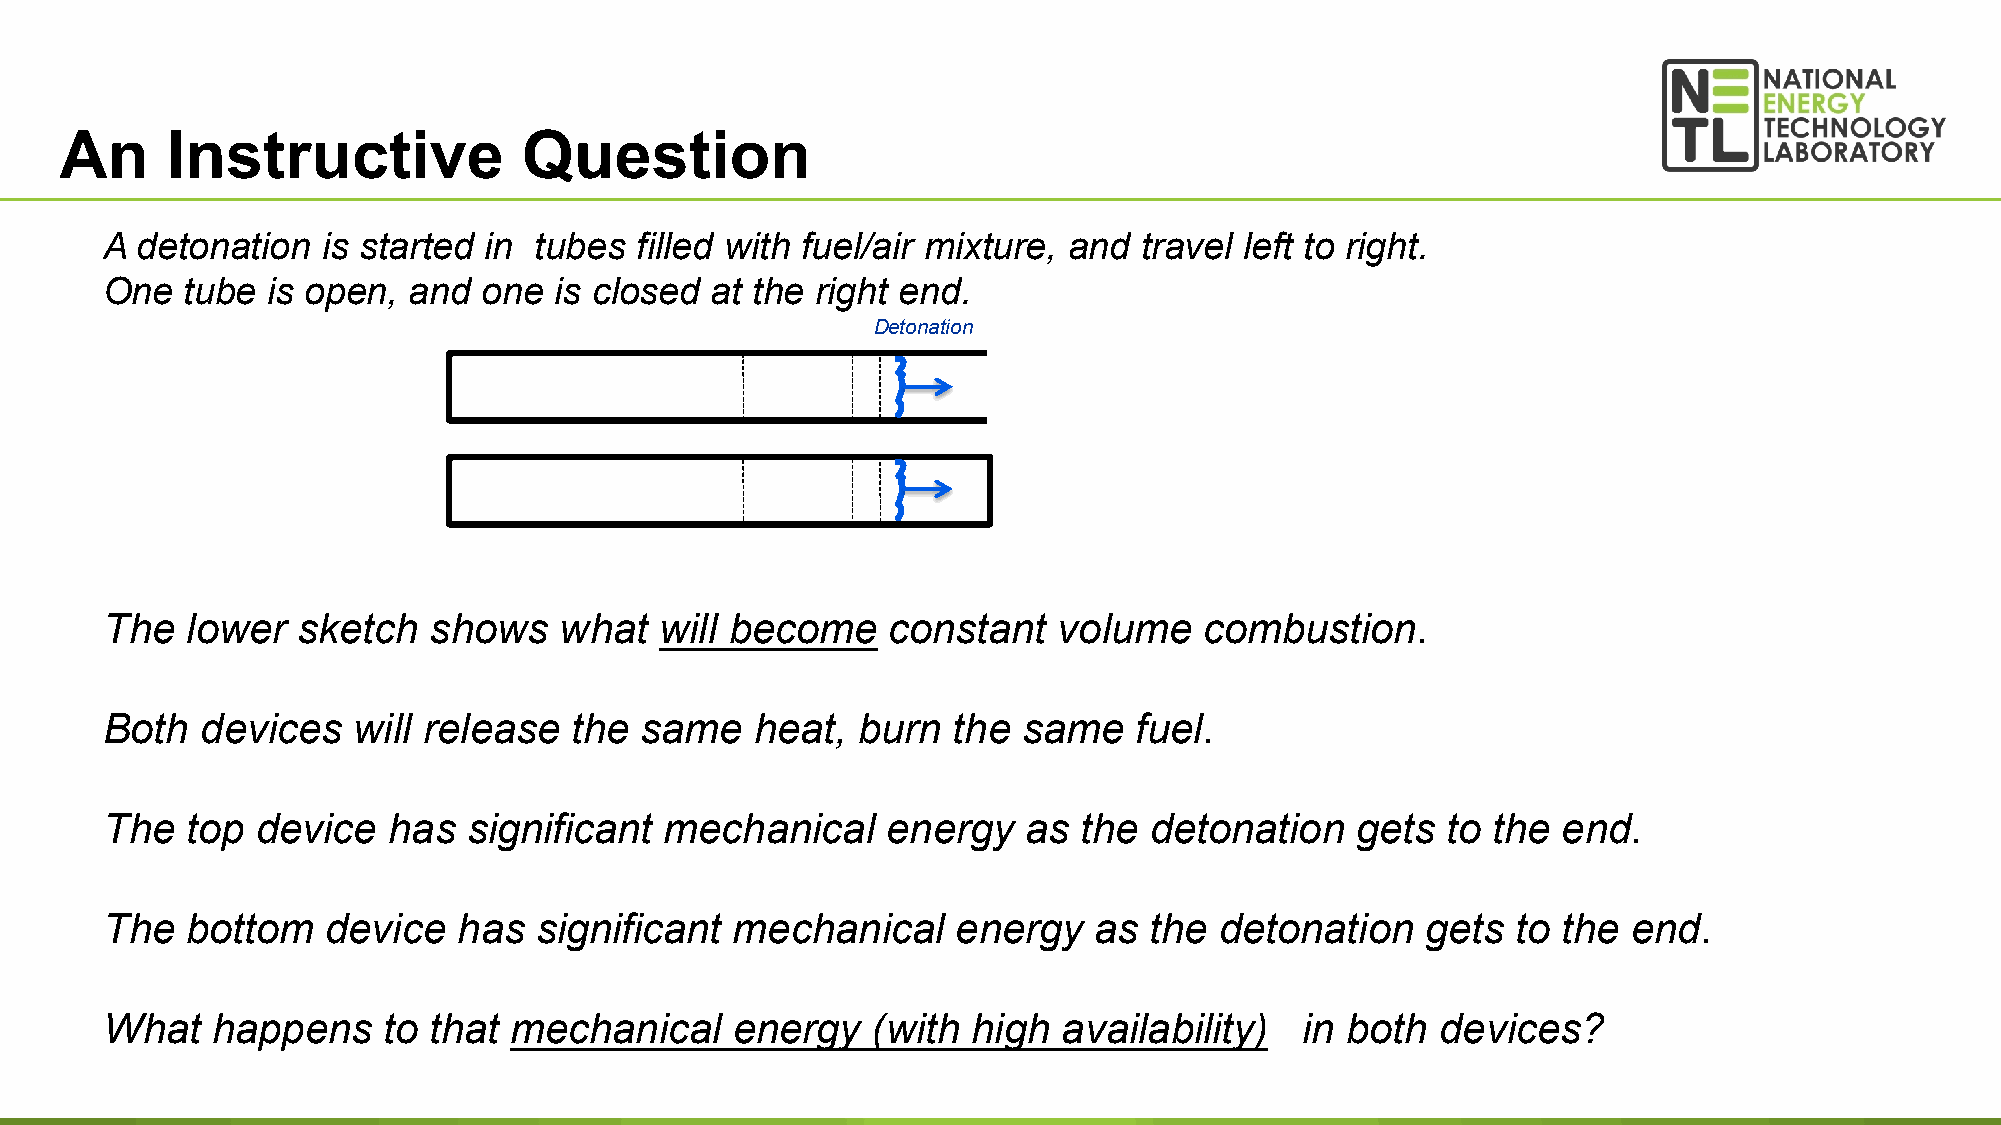
An     Instructive             Question
 A detonation  is started in tubes  filled with fuel/air mixture, and travel left to right.
 One  tube  is open, and  one  is closed at the right end.
 Detonation
 The  lower   sketch  shows    what   will become    constant   volume    combustion.
 Both  devices   will release   the same    heat,  burn  the  same   fuel.
 The  top  device   has  significant  mechanical     energy   as the  detonation    gets  to the end.
 The  bottom    device  has  significant   mechanical    energy   as  the  detonation   gets  to the  end.
 What   happens    to that  mechanical    energy    (with high  availability)   in both  devices?
 26